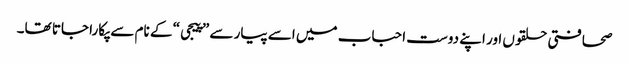
صحافتی حلقوں اور اپنے دوست احباب میں اسے پیار سے ”پیجی“ کے نام سے پکارا جاتا تھا۔